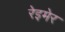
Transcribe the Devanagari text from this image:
रेइमेर